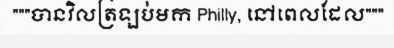
"""បានវិលត្រឡប់មក Philly, នៅពេលដែល"""